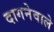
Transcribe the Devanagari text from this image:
दागनेवाले